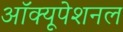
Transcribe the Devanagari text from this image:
ऑक्यूपेशनल